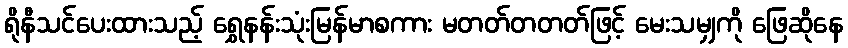
ရိုနီသင်ပေးထားသည့် ရွှေနန်းသုံးမြန်မာစကား မတတ်တတတ်ဖြင့် မေးသမျှကို ဖြေဆိုနေ